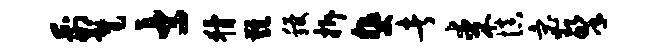
荆髦士猾难稷拆斐者某慎宓擎